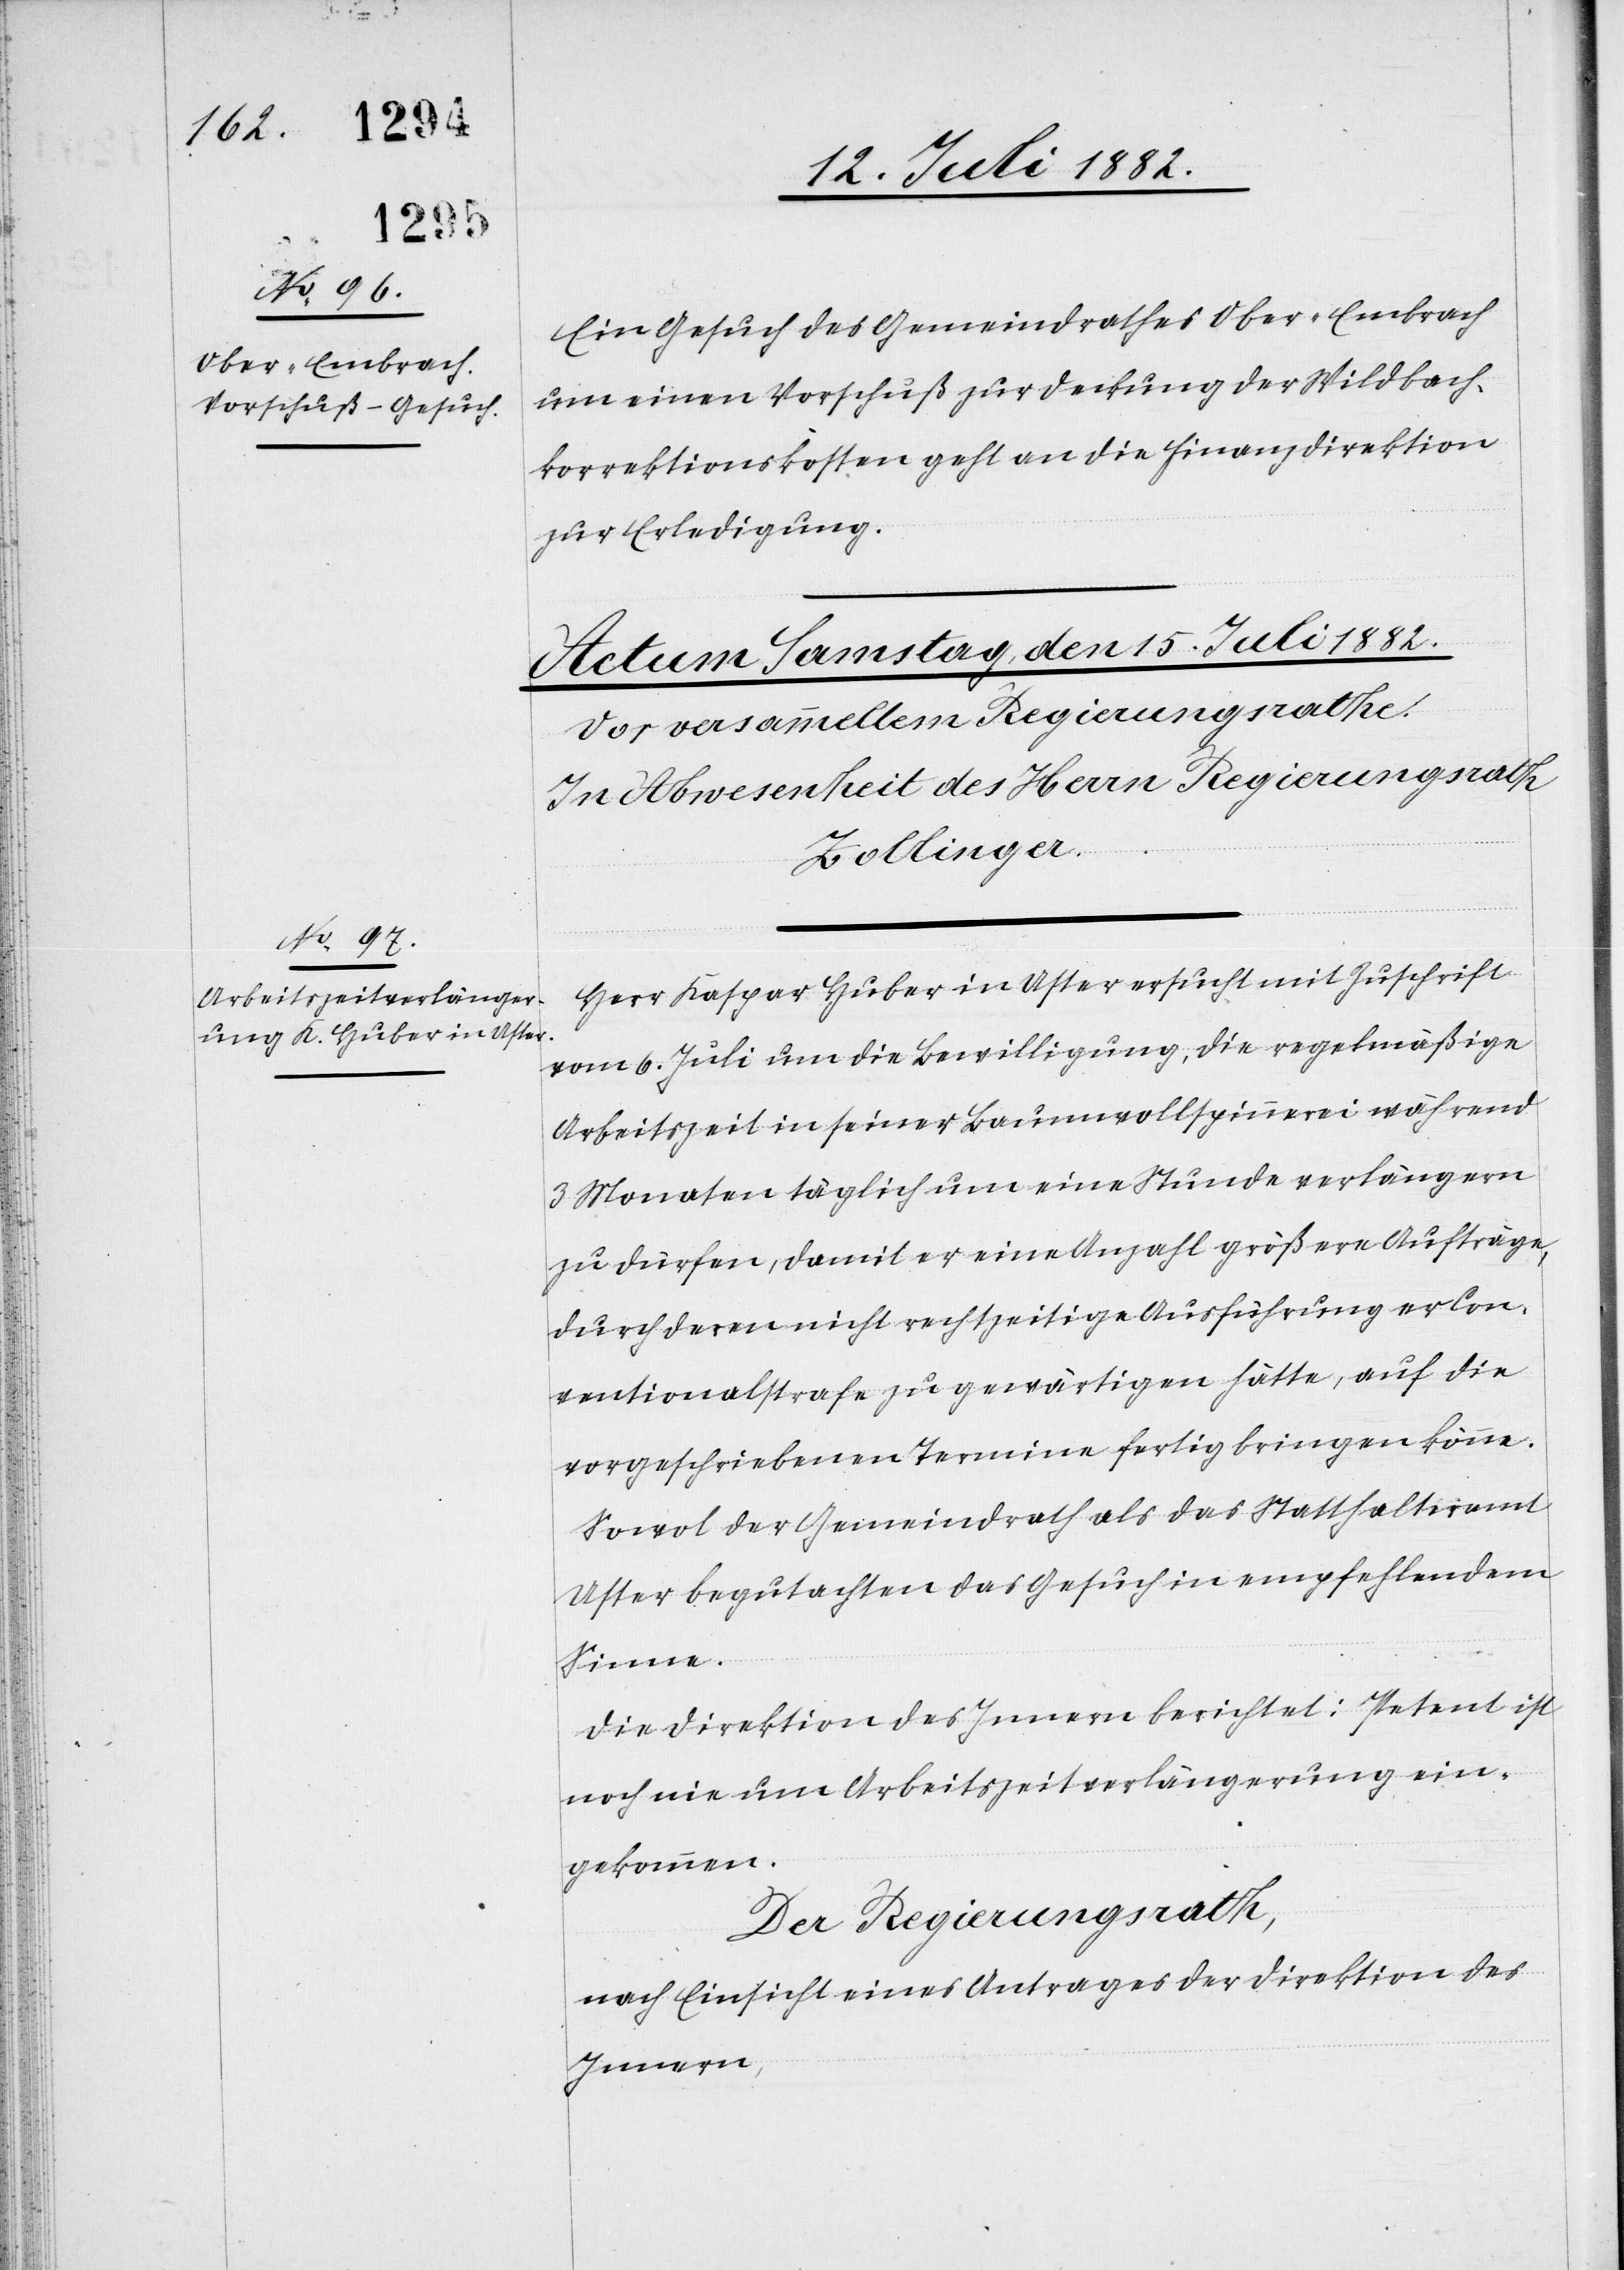
Ein Gesuch des Gemeindrathes Ober-Embrach
um einen Vorschuß zur Deckung der Wildbach¬
korrektionskosten geht an die Finanzdirektion
zur Erledigung.
Herr Kaspar Huber in Uster ersucht mit Zuschrift
vom 6. Juli um die Bewilligung, die regelmäßige
Arbeitszeit in seiner Baumwollspinnerei während
3 Monaten täglich um eine Stunde verlängern
zu dürfen, damit er eine Anzahl größere Aufträge,
durch deren nicht rechtzeitige Ausführung er Con¬
ventionalstrafe zu gewärtigen hätte, auf die
vorgeschriebenen Termine fertig bringen könne.
Sowol der Gemeindrath als das Statthalteramt
Uster begutachten das Gesuch in empfehlendem
Sinne.
Die Direktion des Innern berichtet: Petent ist
noch nie um Arbeitszeitverlängerung ein¬
gekommen.
Der Regierungsrath,
nach Einsicht eines Antrages der Direktion des
Innern,